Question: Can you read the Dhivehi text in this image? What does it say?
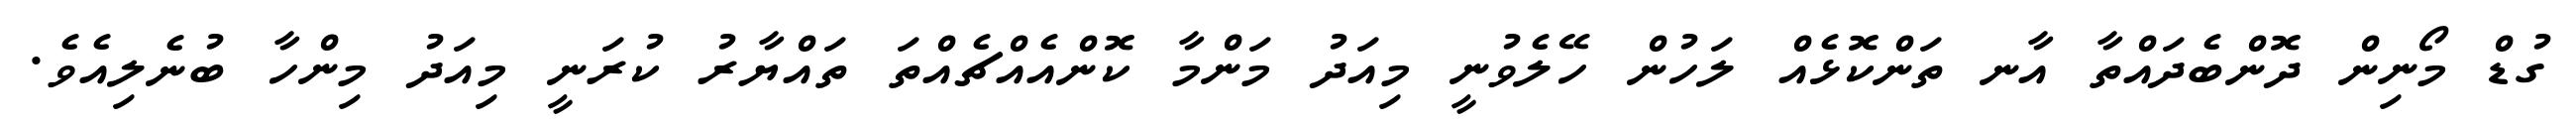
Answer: ގުޑް މޯނިން ދޮންބެދައްތާ އާނ ތަންކޮޅެއް ލަހުން ހޭލެވުނީ މިއަދު މަންމާ ކޮންއެއްޗެއްތަ ތައްޔާރު ކުރަނީ މިއަދު މިންހާ ބުނެލިއެވެ.